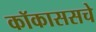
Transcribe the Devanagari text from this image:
कॉकाससचे